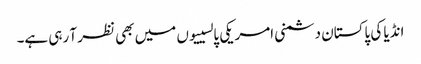
انڈیا کی پاکستان دشمنی امریکی پالسییوں میں بھی نظر آ رہی ہے۔